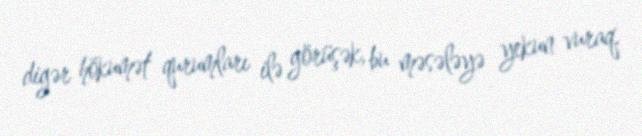
digər hökumət qurumları ilə görüşək, bu məsələyə yekun vuraq.